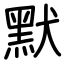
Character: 默